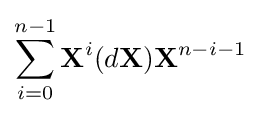
\sum _{i=0}^{n-1}\mathbf {X} ^{i}(d\mathbf {X} )\mathbf {X} ^{n-i-1}